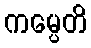
ကမ္ပေတိ